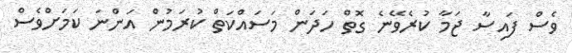
ވެސް ފައިސާ ޖަމާ ކުރެވޭނެ ގޮތް ހަދަން މަސައްކަތް ކުރަމުން އަންނަ ކަމަށްވެސް